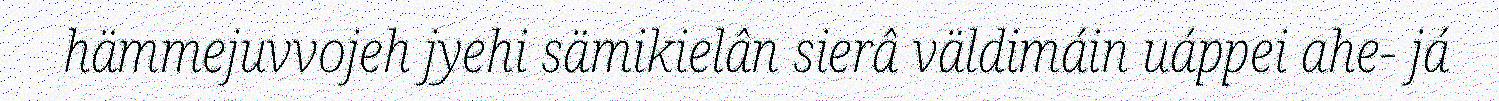
hämmejuvvojeh jyehi sämikielân sierâ väldimáin uáppei ahe- já